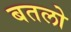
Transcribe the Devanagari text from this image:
बतलो